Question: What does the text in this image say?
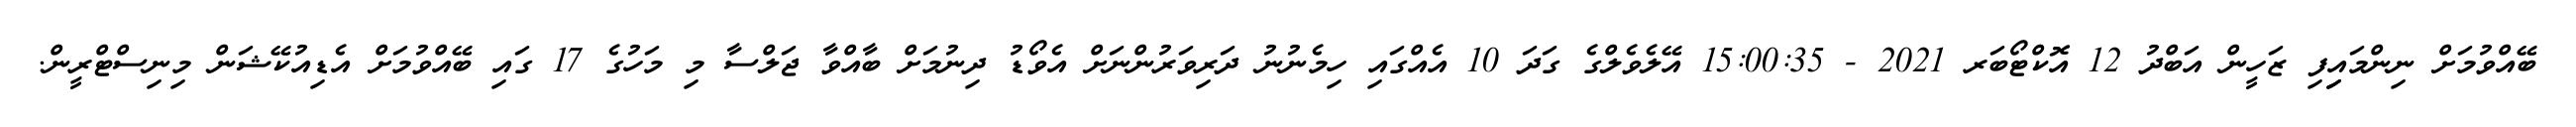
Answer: ބޭއްވުމަށް ނިންމައިިފި ޒަހީން އަބްދު 12 އޮކްޓޯބަރ 2021 - 15:00:35 އޭލެވެލްގެ ގަދަ 10 އެއްގައި ހިމެނުނު ދަރިވަރުންނަށް އެވޯޑު ދިނުމަށް ބާއްވާ ޖަލްސާ މި މަހުގެ 17 ގައި ބޭއްވުމަށް އެޑިއުކޭޝަން މިނިސްޓްރީން.